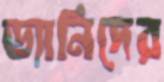
ড্যানিদের